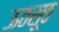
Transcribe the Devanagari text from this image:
ऊठसूठ